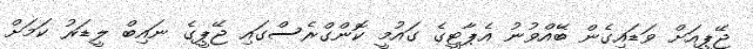
ޖޭޕީއަށް ވަޑައިގެން ބޭއްވުނު އެޕާޓީގެ ގައުމީ ކޮންގްރެސްގައި ޖޭޕީގެ ނައިބް ލީޑަރު ކަމަށް